DOW-UAP-D32, Mission Report, Syria, October 2024
Agency: Department of War
Incident date: 10/20/24
Incident location: Syria
Page 8
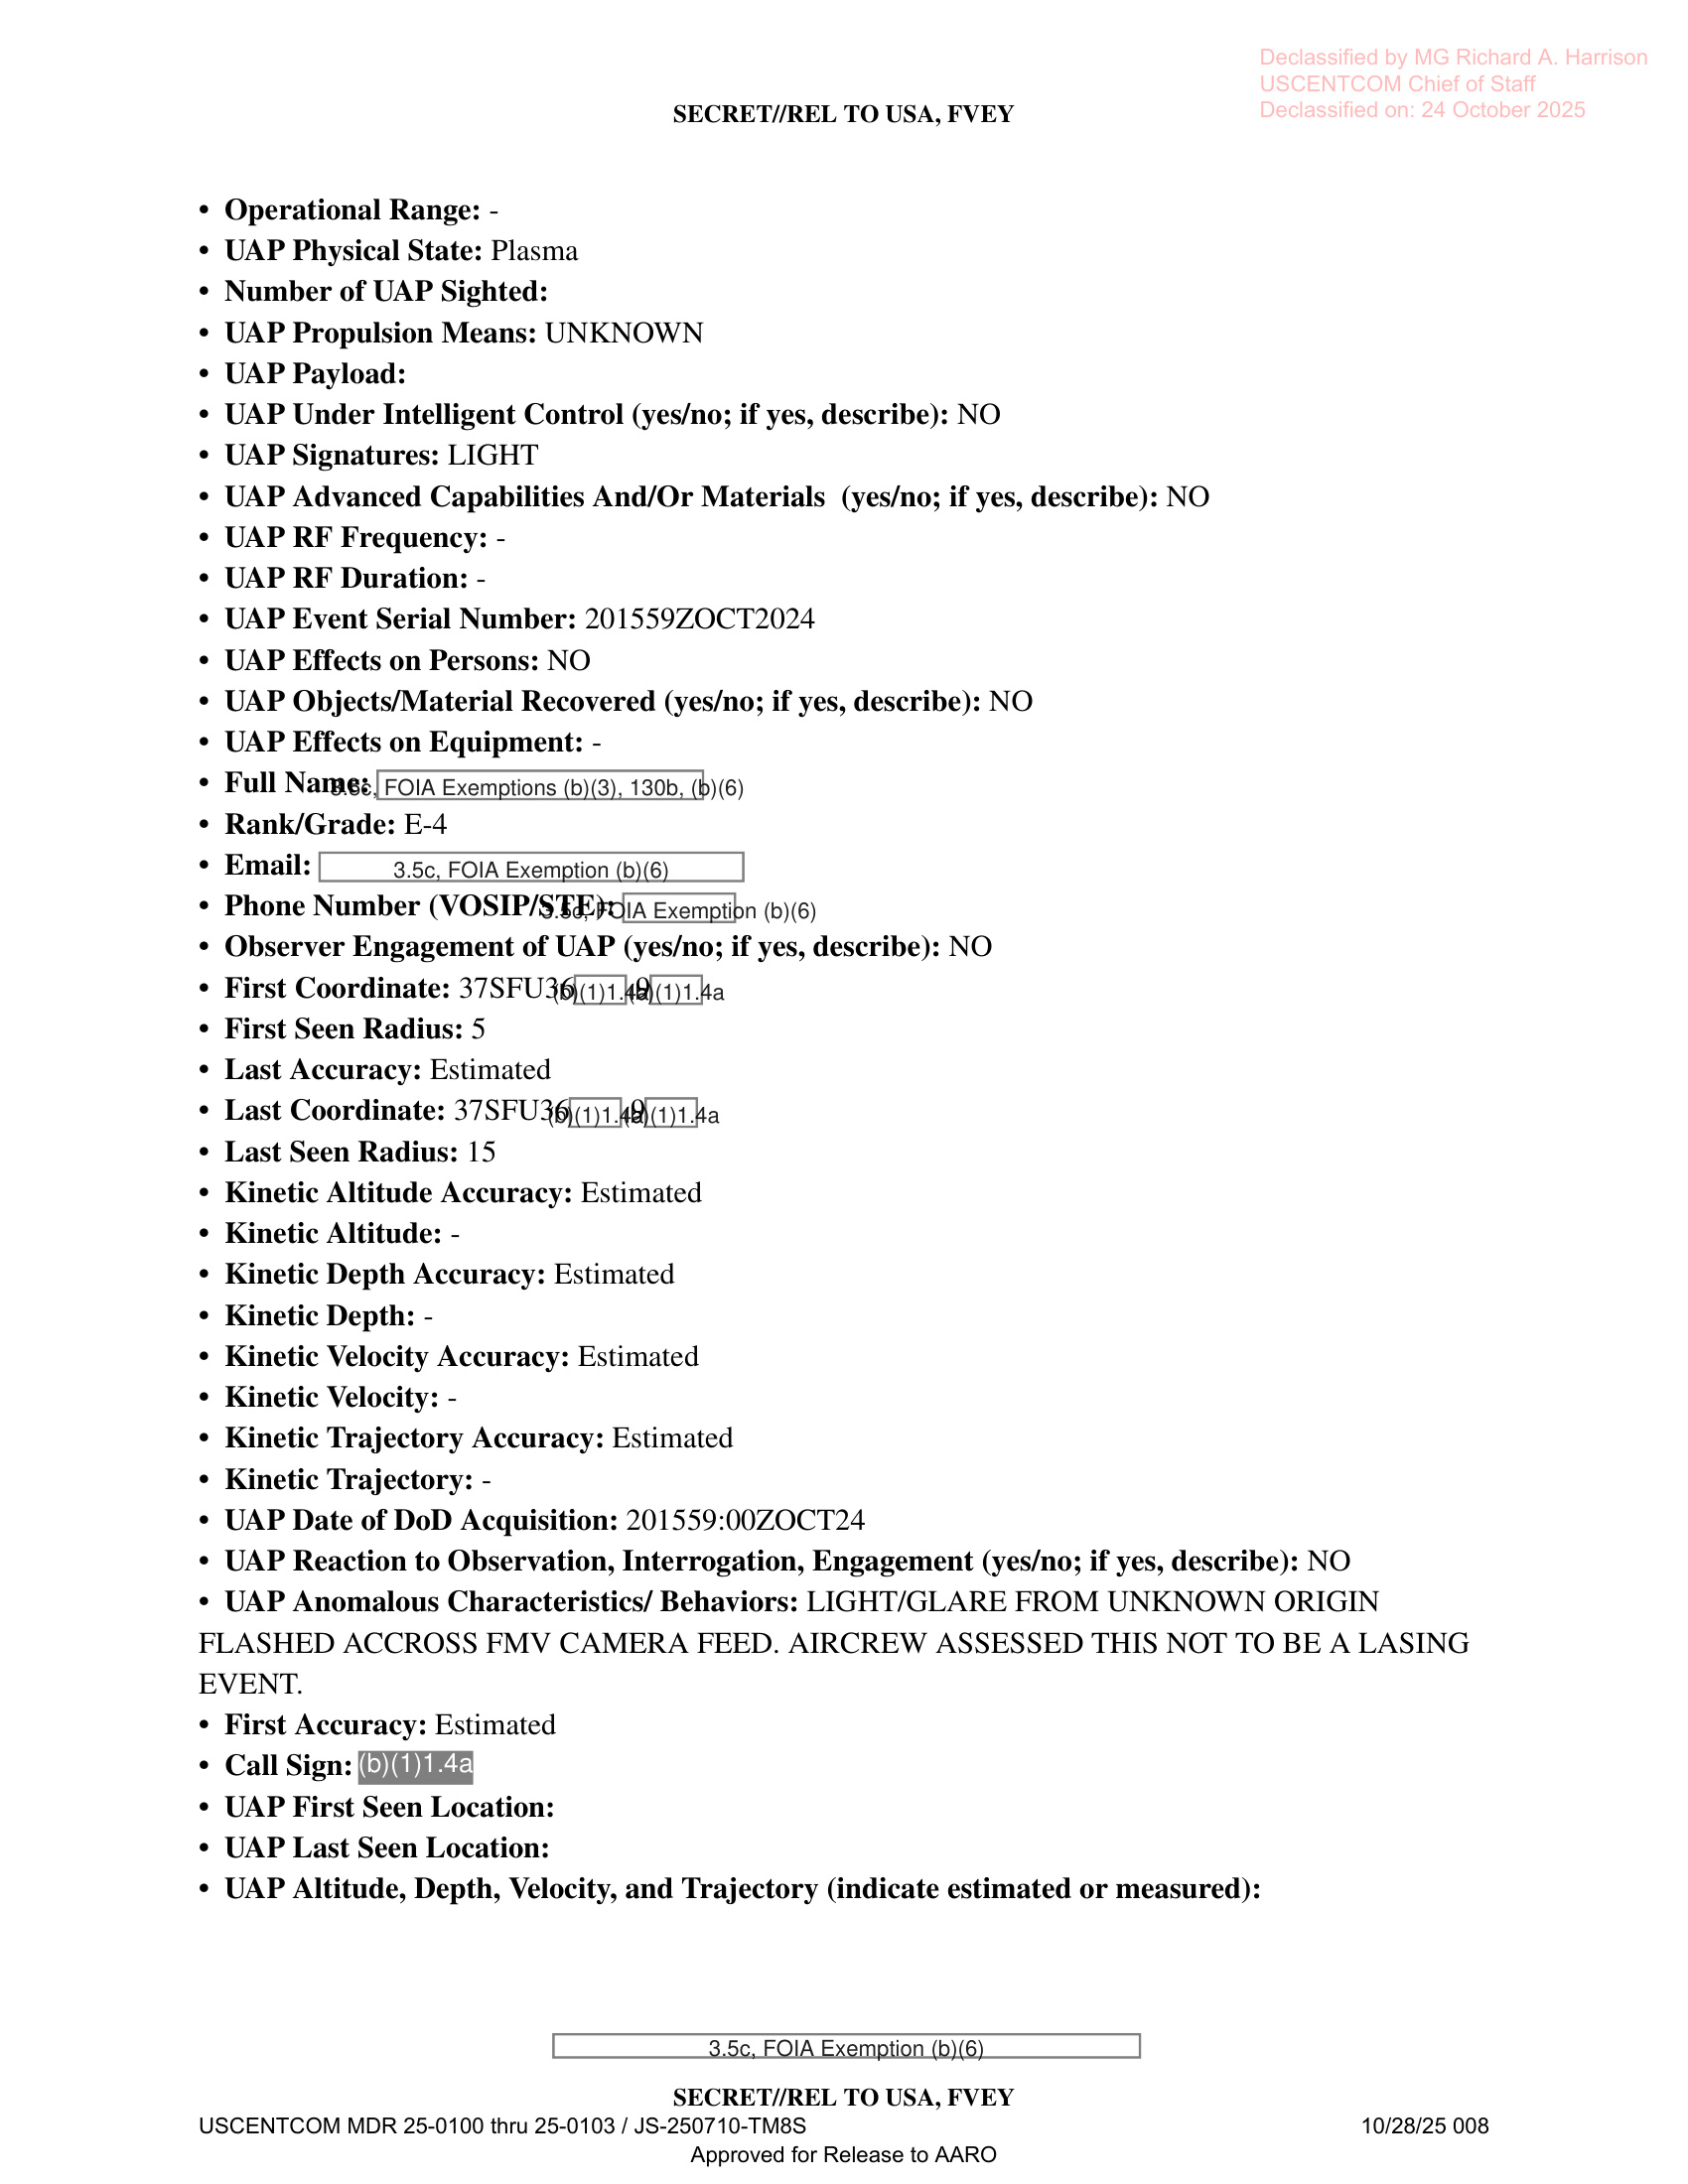